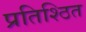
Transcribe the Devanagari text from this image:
प्रतिश्ठित